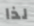
لذا